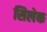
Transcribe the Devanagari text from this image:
सिलेक